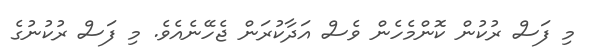
މި ފަސް ރުކުން ކޮންމެހެން ވެސް އަދާކުރަން ޖެހޭނެއެވެ. މި ފަސް ރުކުނުގެ